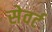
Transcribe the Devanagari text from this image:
सेवर्ट